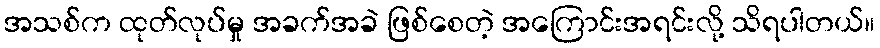
အသစ်က ထုတ်လုပ်မှု အခက်အခဲ ဖြစ်စေတဲ့ အကြောင်းအရင်းလို့ သိရပါတယ်။